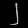
Digit: ၂